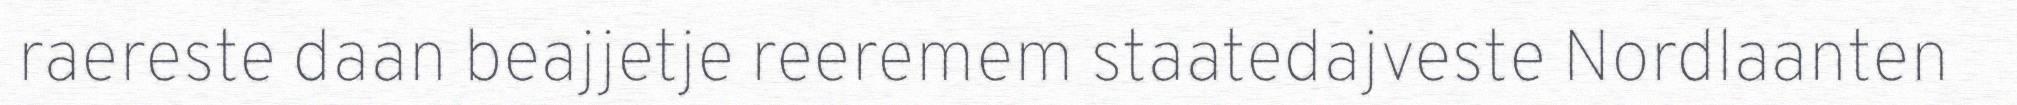
raereste daan beajjetje reeremem staatedajveste Nordlaanten